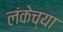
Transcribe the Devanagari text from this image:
लंकेच्या